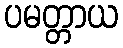
ပမတ္တာယ